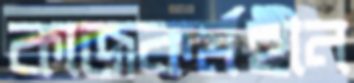
কাজকর্মহীন